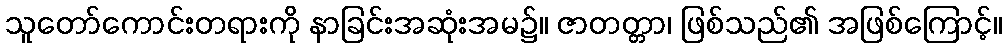
သူတော်ကောင်းတရားကို နာခြင်းအဆုံးအမ၌။ ဇာတတ္တာ၊ ဖြစ်သည်၏ အဖြစ်ကြောင့်။